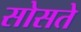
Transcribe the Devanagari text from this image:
सोसते